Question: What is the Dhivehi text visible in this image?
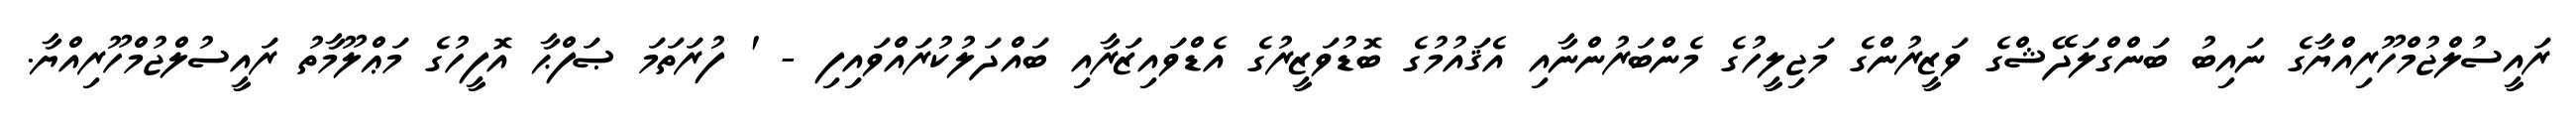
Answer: ރައީސުލްޖުމްހޫރިއްޔާގެ ނައިބު ބަންގްލަދޭޝްގެ ވަޒީރުންގެ މަޖިލީހުގެ މެންބަރުންނާއި އެޤައުމުގެ ބޮޑުވަޒީރުގެ އެޑްވައިޒަރާއި ބައްދަލުކުރައްވައިފި - ' ފުރަތަމަ ޞަފްޙާ އޮފީހުގެ މަޢްލޫމާތު ރައީސުލްޖުމްހޫރިއްޔާ.